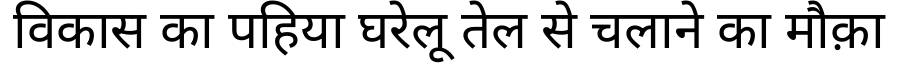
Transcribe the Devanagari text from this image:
विकास का पहिया घरेलू तेल से चलाने का मौक़ा